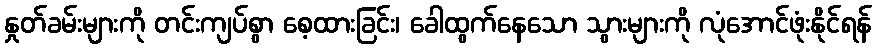
နှုတ်ခမ်းများကို တင်းကျပ်စွာ စေ့ထားခြင်း၊ ခေါထွက်နေသော သွားများကို လုံအောင်ဖုံးနိုင်ရန်